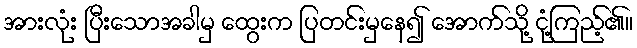
အားလုံး ပြီးသောအခါမှ ထွေးက ပြတင်းမှနေ၍ အောက်သို့ ငုံ့ကြည့်၏။